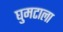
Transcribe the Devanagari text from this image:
घुमटाला